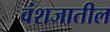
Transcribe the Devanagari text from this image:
वंशजातील